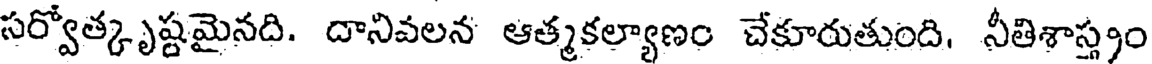
సర్వోత్కృష్టమైనది. దానివలన ఆత్మకల్యాణం చేకూరుతుంది, నీతిశాస్త్రం